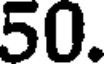
50.